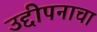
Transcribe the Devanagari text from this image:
उद्दीपनाचा